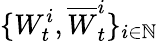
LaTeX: \{ W_{t}^{i},\overline{W}_{t}^{i}\} _{i\in\mathbb{N}}